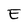
Character: E